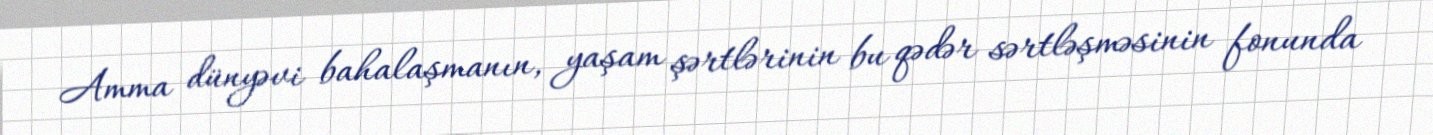
Amma dünyəvi bahalaşmanın, yaşam şərtlərinin bu qədər sərtləşməsinin fonunda